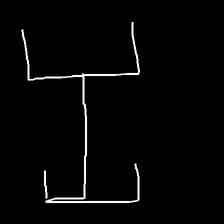
Glyph: entwine